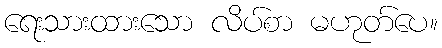
ရေးသားထားသော လိပ်စာ မဟုတ်ပေ။